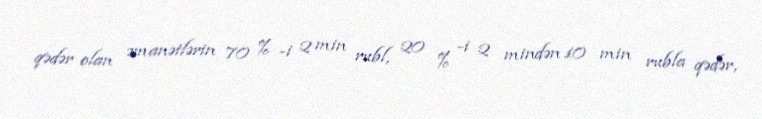
qədər olan əmanətlərin 70 % -i 2 min rubl, 20 % -i 2 mindən 10 min rubla qədər,